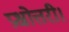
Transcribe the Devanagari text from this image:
प्रश्नोत्तरी।